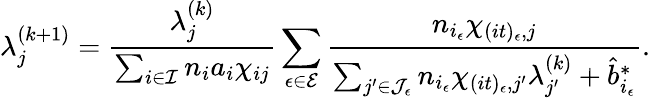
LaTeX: \lambda_{j}^{(k+1)}=\frac{\lambda_{j}^{(k)}}{\sum_{i\in\mathcal{I}}{n_{i}a_{i}\chi_{ij}}}\sum_{\epsilon\in\mathcal{E}}{\frac{n_{i_{\epsilon}}\chi_{(it)_{\epsilon},j}}{\sum_{j^{\prime}\in\mathcal{J}_{\epsilon}}n_{i_{\epsilon}}\chi_{(it)_{\epsilon},j^{\prime}}\lambda_{j^{\prime}}^{(k)}+\hat{b}_{i_{\epsilon}}^{*}}}.